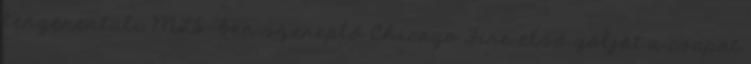
tengerentúli MLS-ben szereplő Chicago Fire első gólját a csapat